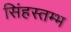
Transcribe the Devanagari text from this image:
सिंहस्तम्भ